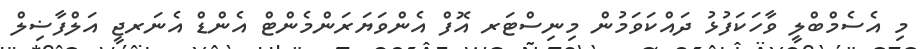
މި އެސެމްބްލީ ވާހަކަފުޅު ދައްކަވަމުން މިނިސްޓަރ އޮފް އެންވަޔަރަންމެންޓް އެންޑް އެނަރޖީ އަލްފާޟިލް